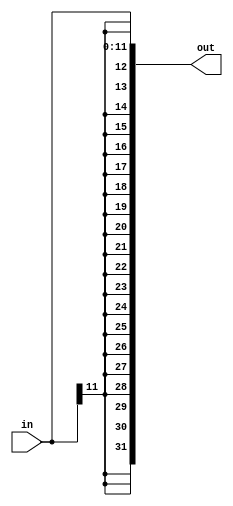
module signex12(
in,
out
);
input [11:0] in;
output [31:0] out;
//copy
buf(out[0],in[0]);
buf(out[1],in[1]);
buf(out[2],in[2]);
buf(out[3],in[3]);
buf(out[4],in[4]);
buf(out[5],in[5]);
buf(out[6],in[6]);
buf(out[7],in[7]);
buf(out[8],in[8]);
buf(out[9],in[9]);
buf(out[10],in[10]);

//sign extend
buf(out[11],in[11]);
buf(out[12],in[11]);
buf(out[12],in[11]);
buf(out[13],in[11]);
buf(out[14],in[11]);
buf(out[15],in[11]);
buf(out[16],in[11]);
buf(out[17],in[11]);
buf(out[18],in[11]);
buf(out[19],in[11]);
buf(out[20],in[11]);
buf(out[21],in[11]);
buf(out[22],in[11]);
buf(out[23],in[11]);
buf(out[24],in[11]);
buf(out[25],in[11]);
buf(out[26],in[11]);
buf(out[27],in[11]);
buf(out[28],in[11]);
buf(out[29],in[11]);
buf(out[30],in[11]);
buf(out[31],in[11]);
endmodule